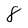
Character: 8